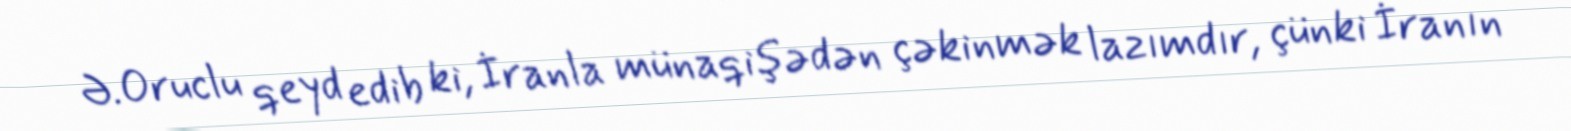
Ə.Oruclu qeyd edib ki, İranla münaqişədən çəkinmək lazımdır, çünki İranın